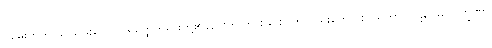
ကျမ်းတက် ခပ်သိမ်းသော ပရမတ္ထတရားတို့၏နည်းကို တားခြင်းငှါကိုလည်းကောင်း။ သဘာဝပဋိဝေဓ လက္ခဏာ